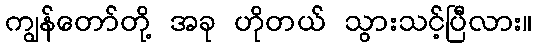
ကျွန်တော်တို့ အခု ဟိုတယ် သွားသင့်ပြီလား။